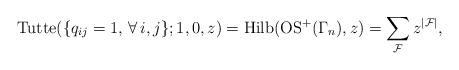
LaTeX: \begin{gather*}{\rm Tutte}(\{q_{ij}=1,\, \forall \, i,j \};1,0,z)= {\rm Hilb}({\rm OS}^{+}(\Gamma_{n}),z)=\sum_{{\cal{F}}} z^{|{\cal{F}} |},\end{gather*}